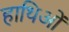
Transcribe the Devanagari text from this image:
हाथिओं